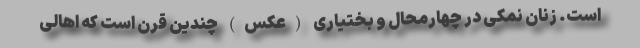
است. زنانِ نمکیِ در چهارمحال و بختیاری (عکس) چندین قرن است که اهالی